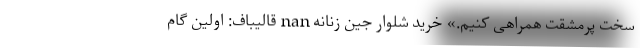
سخت پرمشقت همراهی کنیم.» خرید شلوار جین زنانه nan قالیباف: اولین گام